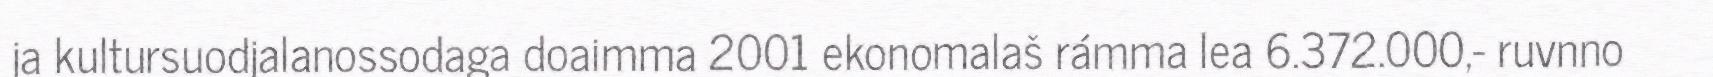
ja kultursuodjalanossodaga doaimma 2001 ekonomalaš rámma lea 6.372.000,- ruvnno